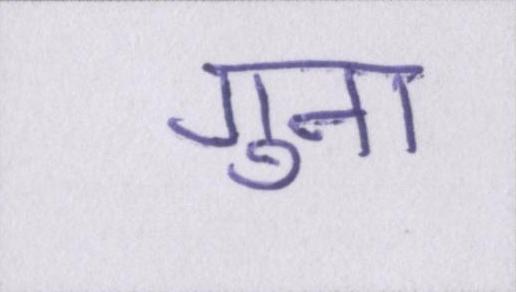
गुना